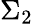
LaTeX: \Sigma_{2}